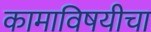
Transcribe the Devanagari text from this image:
कामाविषयीचा